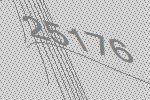
25176